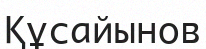
Құсайынов